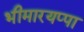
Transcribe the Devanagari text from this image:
भीमारयप्पा